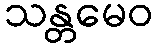
သန္တမေဝ